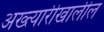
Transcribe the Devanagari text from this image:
अख्त्यारीखालील